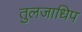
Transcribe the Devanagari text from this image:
तुलजाधिप